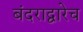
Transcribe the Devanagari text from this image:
बंदराद्वारेच